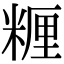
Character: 糎